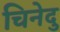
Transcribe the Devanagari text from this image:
चिनेदु